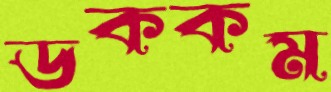
ডককম